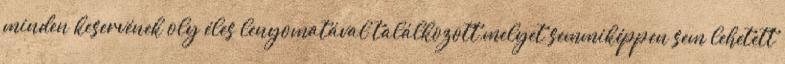
minden keservének oly éles lenyomatával találkozott,melyet semmiképpen sem lehetett